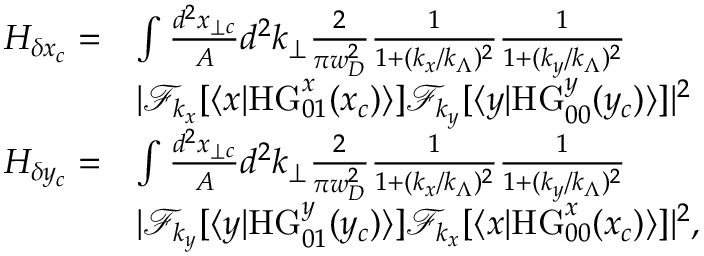
\begin{array} { r l } { H _ { \delta x _ { c } } = } & { \int \frac { d ^ { 2 } x _ { \perp c } } { A } d ^ { 2 } k _ { \perp } \frac { 2 } { \pi w _ { D } ^ { 2 } } \frac { 1 } { 1 + ( k _ { x } / k _ { \Lambda } ) ^ { 2 } } \frac { 1 } { 1 + ( k _ { y } / k _ { \Lambda } ) ^ { 2 } } } \\ & { | \mathcal { F } _ { k _ { x } } [ \langle x | \mathrm { H G } _ { 0 1 } ^ { x } ( x _ { c } ) \rangle ] \mathcal { F } _ { k _ { y } } [ \langle y | \mathrm { H G } _ { 0 0 } ^ { y } ( y _ { c } ) \rangle ] | ^ { 2 } } \\ { H _ { \delta y _ { c } } = } & { \int \frac { d ^ { 2 } x _ { \perp c } } { A } d ^ { 2 } k _ { \perp } \frac { 2 } { \pi w _ { D } ^ { 2 } } \frac { 1 } { 1 + ( k _ { x } / k _ { \Lambda } ) ^ { 2 } } \frac { 1 } { 1 + ( k _ { y } / k _ { \Lambda } ) ^ { 2 } } } \\ & { | \mathcal { F } _ { k _ { y } } [ \langle y | \mathrm { H G } _ { 0 1 } ^ { y } ( y _ { c } ) \rangle ] \mathcal { F } _ { k _ { x } } [ \langle x | \mathrm { H G } _ { 0 0 } ^ { x } ( x _ { c } ) \rangle ] | ^ { 2 } , } \end{array}